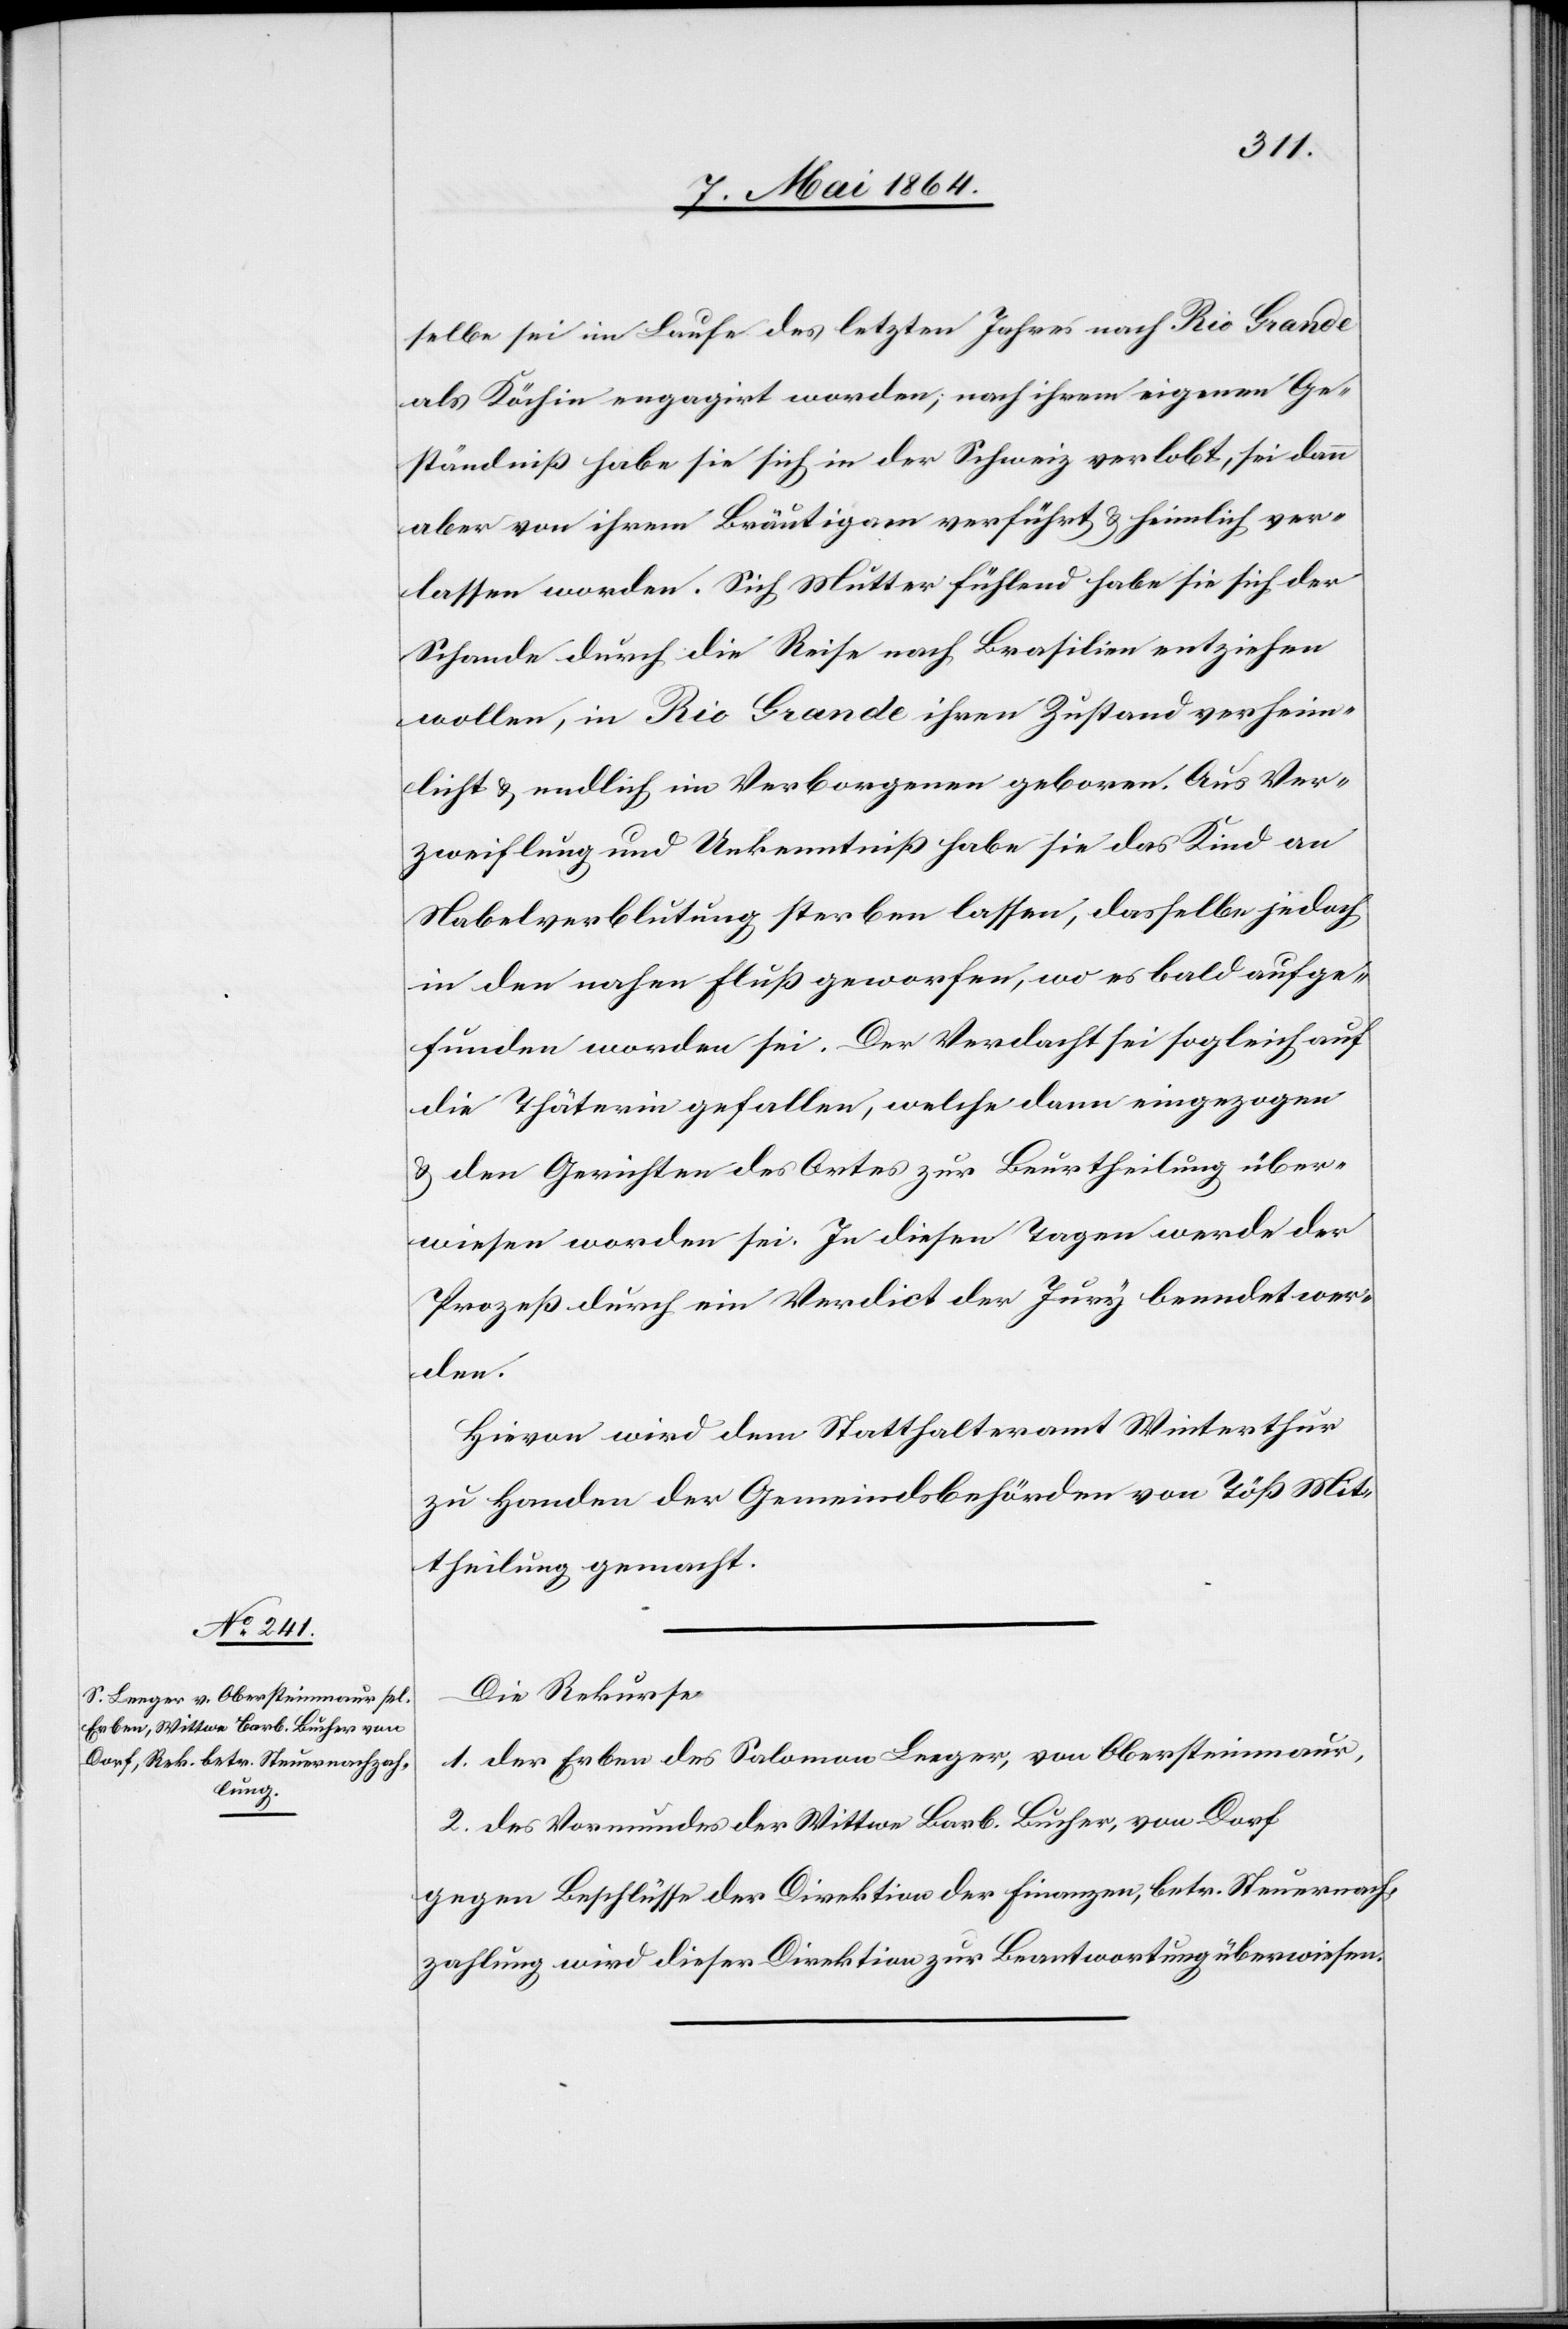
10. Mai 1864.]
selbe sei im Laufe des letzten Jahres nach Rio Grande
als Köchin engagirt worden; nach ihrem eigenen Ge¬
ständniß habe sie sich in der Schweiz verlobt, sei dann
aber von ihrem Bräutigam verführt u. heimlich ver¬
lassen worden. Sich Mutter fühlend habe sie sich der
Schande durch die Reise nach Brasilien entziehen
wollen, in Rio Grande ihren Zustand verheim¬
licht u. endlich im Verborgenen geboren. Aus Ver¬
zweiflung und Unkenntniß habe sie das Kind an
Nabelverblutung sterben lassen, dasselbe jedoch
in den nahen Fluß geworfen, wo es bald aufge¬
funden worden sei. Der Verdacht sei sogleich auf
die Thäterin gefallen, welche dann eingezogen
u. den Gerichten des Ortes zur Beurtheilung über¬
wiesen worden sei. In diesen Tagen werde der
Prozeß durch ein Verdict der Jury beendet wer¬
den.
Hievon wird dem Statthalteramt Winterthur
zu Handen der Gemeindsbehörden von Töß Mit¬
theilung gemacht.
Die Rekurse
1. der Erben des Salomon Leeger, von Obersteinmaur,
2. des Vormundes der Wittwe Barb. Bucher, von Dorf
gegen Beschlüsse der Direktion der Finanzen, betr. Steuernach¬
zahlung wird dieser Direktion zur Beantwortung überwiesen.